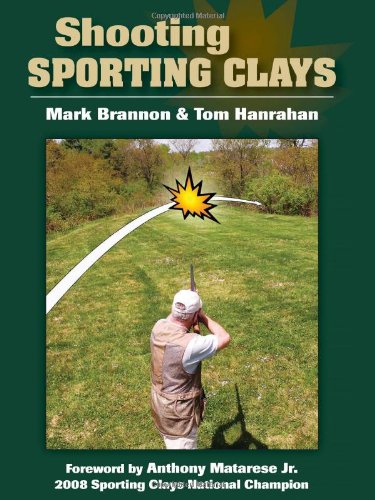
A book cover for Shooting Sporting Clays; Mark Brannon; Sports & Outdoors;